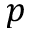
p